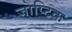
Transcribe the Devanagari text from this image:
जोप्टिक